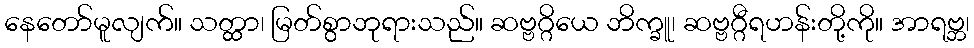
နေတော်မူလျက်။ သတ္ထာ၊ မြတ်စွာဘုရားသည်။ ဆဗ္ဗဂ္ဂိယေ ဘိက္ခူ၊ ဆဗ္ဗဂ္ဂီရဟန်းတို့ကို။ အာရဗ္ဘ၊